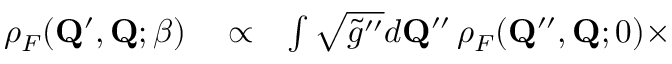
\begin{array} { r l r } { \rho _ { F } ( \mathbf { Q } ^ { \prime } , \mathbf { Q } ; \beta ) } & { { } \propto } & { \int \sqrt { \tilde { g } ^ { \prime \prime } } d \mathbf { Q } ^ { \prime \prime } \, \rho _ { F } ( \mathbf { Q } ^ { \prime \prime } , \mathbf { Q } ; 0 ) \times } \end{array}